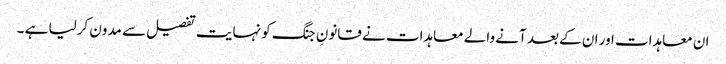
ان معاہدات اور ان کے بعد آنے والے معاہدات نے قانونِ جنگ کو نہایت تفصیل سے مدون کرلیا ہے ۔